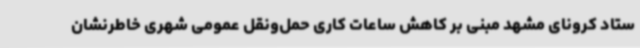
ستاد کرونای مشهد مبنی بر کاهش ساعات کاری حمل‌ونقل عمومی شهری خاطرنشان